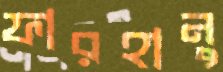
ফারহানু